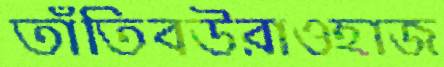
তাঁতিবউরাওহাজ